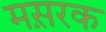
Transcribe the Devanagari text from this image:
मस़रक